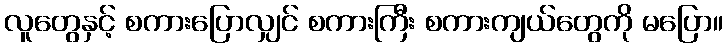
လူတွေနှင့် စကားပြောလျှင် စကားကြီး စကားကျယ်တွေကို မပြော။